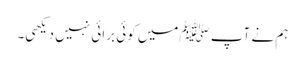
ہم نے آپ ﷺمیں کوئی برائی نہیں دیکھی۔